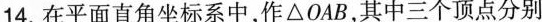
14.在平面直角坐标系中，作△OAB，其中三个顶点分别